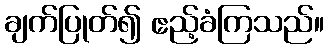
ချက်ပြုတ်၍ ဧည့်ခံကြသည်။